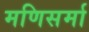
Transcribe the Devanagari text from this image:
मणिसर्मा